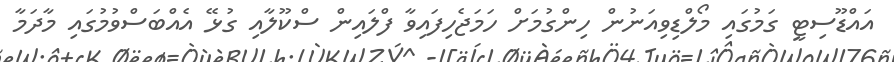
އައްޑޫސިޓީ ގަމުގައި މޯލްޑިވިއަނުން ހިންގުމަށް ހަމަޖެހިފައިވާ ފްލައިން ސްކޫލާއި ގުޅޭ އެއްބަސްވުމުގައި މާދަމާ